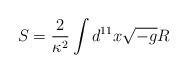
LaTeX: \begin{align*}S=\frac{2}{\kappa^2} \int d^{11}x \sqrt{-g} R\end{align*}